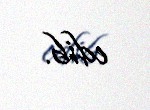
edib.